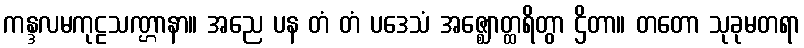
ကန္ဒလမကုဠသဏ္ဌာနာ။ အညေ ပန တံ တံ ပဒေသံ အဇ္ဈောတ္ထရိတွာ ဌိတာ။ တတော သုခုမတရာ